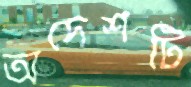
অদেশটি